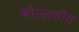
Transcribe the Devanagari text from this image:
बोलावीत